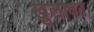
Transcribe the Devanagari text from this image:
खुलावट